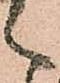
く